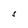
Character: S